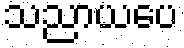
သညာယပေ